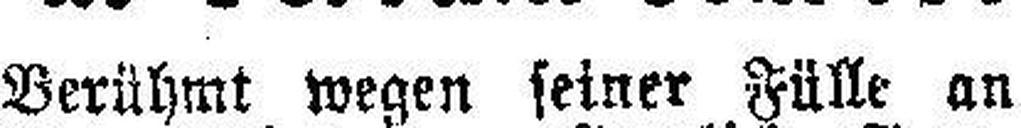
Berühmt wegen seiner Fülle an